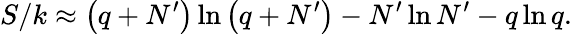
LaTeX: S/k\approx\left(q+N^{\prime}\right)\ln\left(q+N^{\prime}\right)-N^{\prime}\ln N^{\prime}-q\ln q.